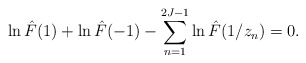
\begin{align*}\ln \hat{F}(1)+\ln \hat{F}(-1)-\sum_{n=1}^{2J-1}\ln \hat{F}(1/z_n)=0.\end{align*}